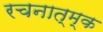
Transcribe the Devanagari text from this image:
रचनात्म्क